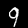
Digit: 9